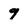
Character: 9